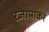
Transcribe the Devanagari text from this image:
रजापाकर